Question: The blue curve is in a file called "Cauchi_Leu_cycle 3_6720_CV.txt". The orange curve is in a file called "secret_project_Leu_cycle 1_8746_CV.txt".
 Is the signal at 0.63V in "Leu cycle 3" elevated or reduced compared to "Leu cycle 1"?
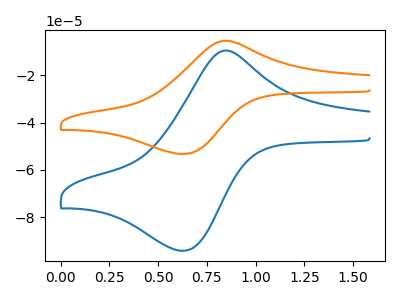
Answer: <think>The blue curve "Leu cycle 3" has an anodic peak at (0.85V, -9.80uA) and a cathodic peak at (0.65V, -94.15uA). The orange curve "Leu cycle 1" has an anodic peak at (0.85V, -5.55uA) and a cathodic peak at (0.65V, -53.25uA).</think>
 <answer>The peak at 0.63V is higher in "Leu cycle 3" than in "Leu cycle 1".</answer>
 <eval>higher</eval>